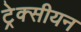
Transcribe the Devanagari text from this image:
ट्रेक्सीयन